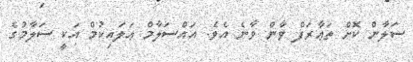
ސަލާން ކޮށް ތަޢާރަފް ވާން ވާނެ އެވެ. އައްސަލާމް ޢަލައިކުމް އަކީ ސަލާމުގެ